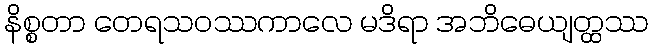
နိစ္စတာ တေရသဝဿကာလေ မဒိရာ အဘိဓေယျတ္ထဿ